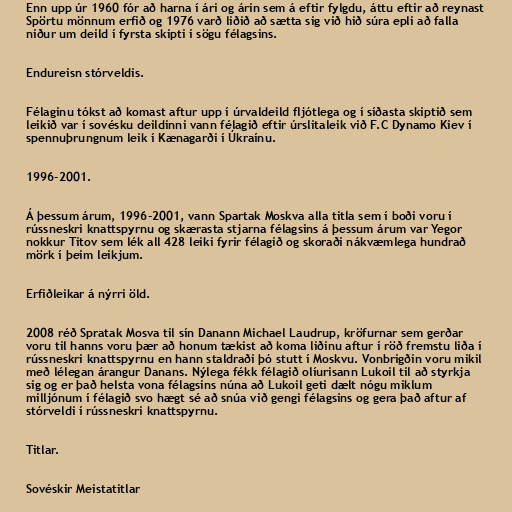
Enn upp úr 1960 fór að harna í ári og árin sem á eftir fylgdu, áttu eftir að reynast
Spörtu mönnum erfið og 1976 varð liðið að sætta sig við hið súra epli að falla
niður um deild í fyrsta skipti í sögu félagsins.

Endureisn stórveldis.

Félaginu tókst að komast aftur upp í úrvaldeild fljótlega og í síðasta skiptið sem
leikið var í sovésku deildinni vann félagið eftir úrslitaleik við F.C Dynamo Kiev í
spennuþrungnum leik í Kænagarði í Úkraínu.

1996-2001.

Á þessum árum, 1996-2001, vann Spartak Moskva alla titla sem í boði voru í
rússneskri knattspyrnu og skærasta stjarna félagsins á þessum árum var Yegor
nokkur Titov sem lék all 428 leiki fyrir félagið og skoraði nákvæmlega hundrað
mörk í þeim leikjum.

Erfiðleikar á nýrri öld.

2008 réð Spratak Mosva til sín Danann Michael Laudrup, kröfurnar sem gerðar
voru til hanns voru þær að honum tækist að koma liðinu aftur í röð fremstu liða í
rússneskri knattspyrnu en hann staldraði þó stutt í Moskvu. Vonbrigðin voru mikil
með lélegan árangur Danans. Nýlega fékk félagið olíurisann Lukoil til að styrkja
sig og er það helsta vona félagsins núna að Lukoil geti dælt nógu miklum
milljónum í félagið svo hægt sé að snúa við gengi félagsins og gera það aftur af
stórveldi í rússneskri knattspyrnu.

Titlar.

Sovéskir Meistatitlar